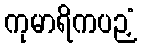
ကုမာရိကပဉှံ